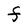
Character: F